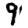
Digit: 9